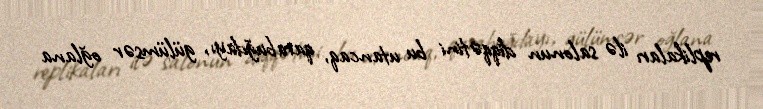
replikaları ilə salonun diqqətini bu utancaq, qarabuğdayı, gülümsər oğlana